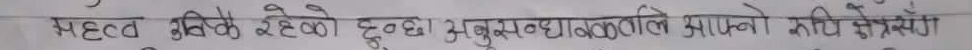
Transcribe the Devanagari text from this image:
महत्व बुझेक रहेको हुन्छ। बुझुसम्बन्धीले आफ्नो कति खेस्न